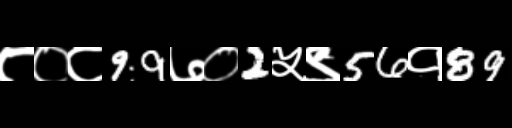
Text: ८०८99७०2५९56१89